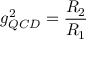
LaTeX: g _ { Q C D } ^ { 2 } = \frac { R _ { 2 } } { R _ { 1 } }